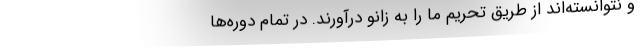
و نتوانسته‌اند از طریق تحریم ما را به زانو درآورند. در تمام دوره‌ها